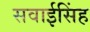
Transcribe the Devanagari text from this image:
सवाईसिंह